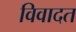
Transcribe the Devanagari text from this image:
विवादत